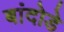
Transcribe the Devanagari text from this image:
बांदोडे